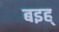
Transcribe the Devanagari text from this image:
बइह्‌